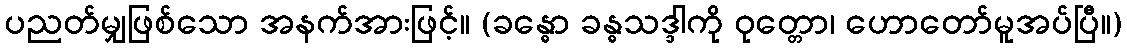
ပညတ်မျှဖြစ်သော အနက်အားဖြင့်။ (ခန္ဓော ခန္ဓသဒ္ဒါကို ဝုတ္တော၊ ဟောတော်မူအပ်ပြီ။)